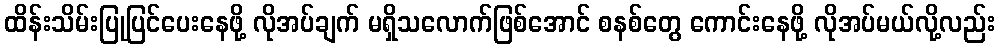
ထိန်းသိမ်းပြုပြင်ပေးနေဖို့ လိုအပ်ချက် မရှိသလောက်ဖြစ်အောင် စနစ်တွေ ကောင်းနေဖို့ လိုအပ်မယ်လို့လည်း